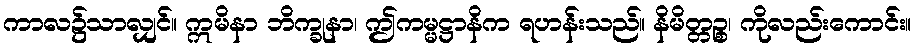
ကာလ၌သာလျှင်။ ဣမိနာ ဘိက္ခုနာ၊ ဤကမ္မဋ္ဌာနိက ရဟန်းသည်။ နိမိတ္တဉ္စ၊ ကိုလည်းကောင်း။